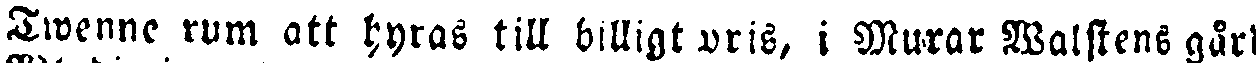
Twenne rum att hyras till billigt pris, i Murar Walstens gård